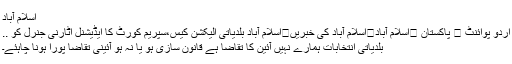
اسلام آباد
اُردو پوائنٹ ⬅ پاکستان ⬅اسلام آباد⬅اسلام آباد کی خبریں⬅اسلام آباد بلدیاتی الیکشن کیس،سپریم کورٹ کا ایڈیشنل اٹارنی جنرل کو ..
بلدیاتی انتخابات ہمارے نہیں آئین کا تقاضا ہے قانون سازی ہو یا نہ ہو آئینی تقاضا پورا ہونا چاہئے۔